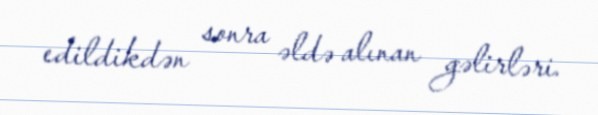
edildikdən sonra əldə alınan gəlirləri.